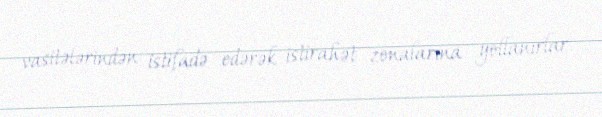
vasitələrindən istifadə edərək istirahət zonalarına yollanırlar.